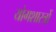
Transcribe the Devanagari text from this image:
योगशास्त्रों